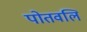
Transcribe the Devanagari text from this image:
पोतवलि